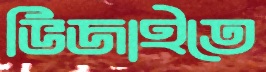
ভিজাইতে